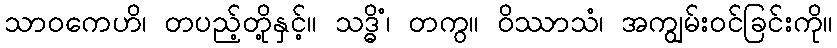
သာဝကေဟိ၊ တပည့်တို့နှင့်။ သဒ္ဓိံ၊ တကွ။ ဝိဿာသံ၊ အကျွမ်းဝင်ခြင်းကို။